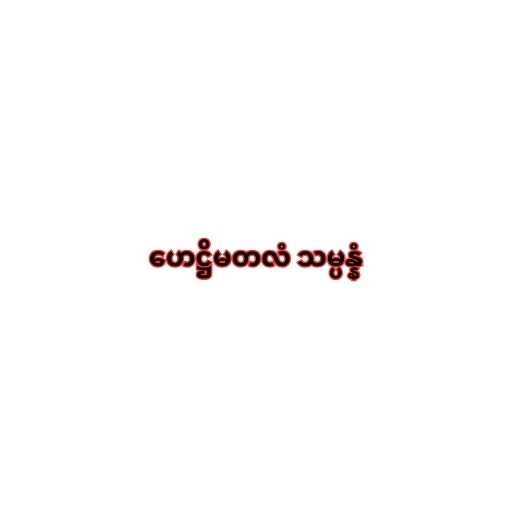
ဟေဋ္ဌိမတလံ သမ္ပန္နံ